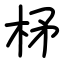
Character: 柕